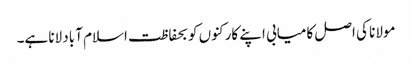
مولانا کی اصل کامیابی اپنے کارکنوں کو بحفاظت اسلام آباد لانا ہے۔